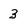
Character: 3